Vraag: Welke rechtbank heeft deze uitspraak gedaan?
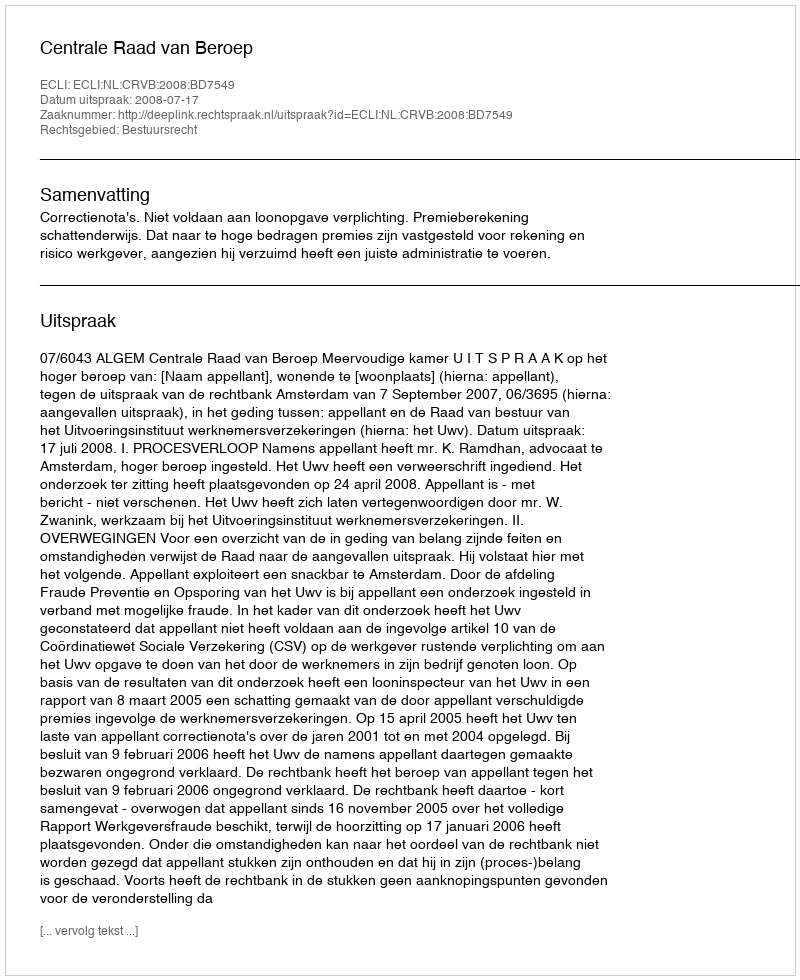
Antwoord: Centrale Raad van Beroep